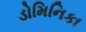
ડોમિનિકા